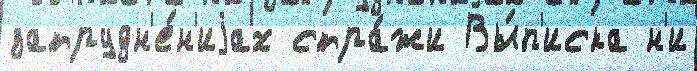
затрудн'е́н'иjах стра́жи Вы́п'иска н'и